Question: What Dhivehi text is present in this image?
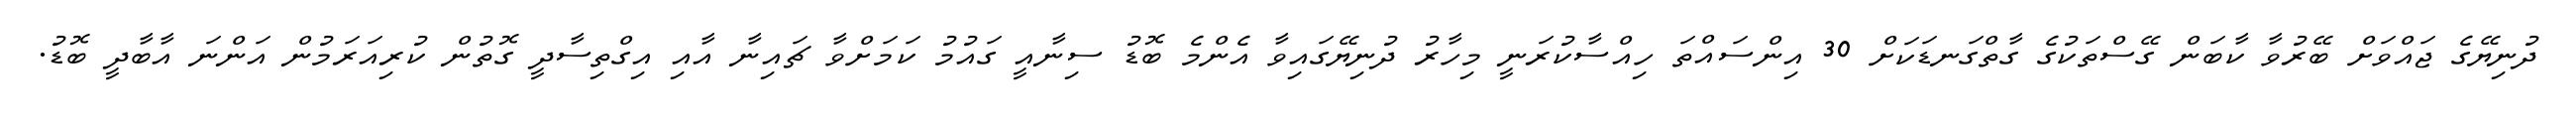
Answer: ދުނިޔޭގެ ޖައްވަށް ބޭރުވާ ކާބަން ގޭސްތަކުގެ ގާތްގަނޑަކަށް 30 އިންސައްތަ ހިއްސާކުރަނީ މިހާރު ދުނިޔޭގައިވާ އެންމެ ބޮޑު ސިނާއީ ގައުމު ކަމަށްވާ ޗައިނާ އާއި އިގްތިސާދީ ގޮތުން ކުރިއަރަމުން އަންނަ އާބާދީ ބޮޑު.